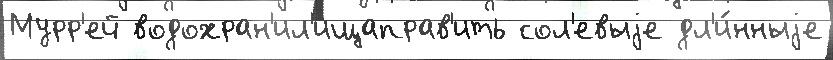
Мурр'ей водохран'ил'ищаправ'ить сол'евыjе дл'и́нныjе